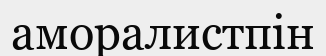
аморалистпін